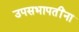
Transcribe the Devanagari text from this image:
उपसभापतींना